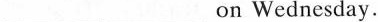
___ ___on Wednesday.